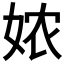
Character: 𭑸